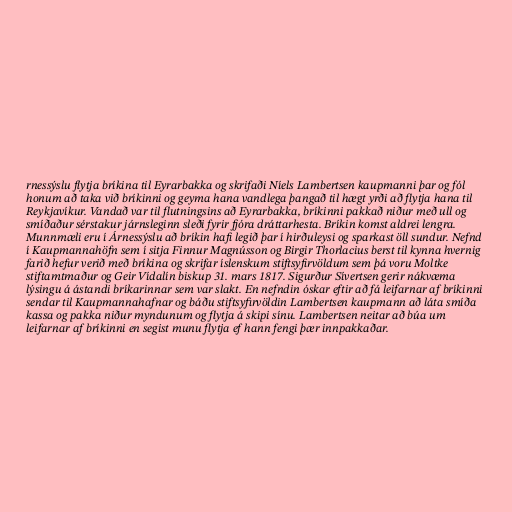
rnessýslu flytja bríkina til Eyrarbakka og skrifaði Níels Lambertsen kaupmanni þar og fól
honum að taka við bríkinni og geyma hana vandlega þangað til hægt yrði að flytja hana til
Reykjavíkur. Vandað var til flutningsins að Eyrarbakka, bríkinni pakkað niður með ull og
smíðaður sérstakur járnsleginn sleði fyrir fjóra dráttarhesta. Bríkin komst aldrei lengra.
Munnmæli eru í Árnessýslu að bríkin hafi legið þar í hirðuleysi og sparkast öll sundur. Nefnd
í Kaupmannahöfn sem í sitja Finnur Magnússon og Birgir Thorlacius berst til kynna hvernig
farið hefur verið með bríkina og skrifar íslenskum stiftsyfirvöldum sem þá voru Moltke
stiftamtmaður og Geir Vídalín biskup 31. mars 1817. Sigurður Sívertsen gerir nákvæma
lýsingu á ástandi bríkarinnar sem var slakt. En nefndin óskar eftir að fá leifarnar af bríkinni
sendar til Kaupmannahafnar og báðu stiftsyfirvöldin Lambertsen kaupmann að láta smíða
kassa og pakka niður myndunum og flytja á skipi sínu. Lambertsen neitar að búa um
leifarnar af bríkinni en segist munu flytja ef hann fengi þær innpakkaðar.